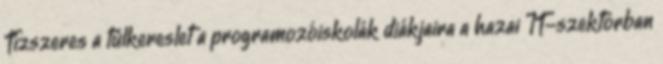
Tízszeres a túlkereslet a programozóiskolák diákjaira a hazai IT-szektorban